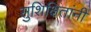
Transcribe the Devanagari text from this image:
सुशिक्षितांनी